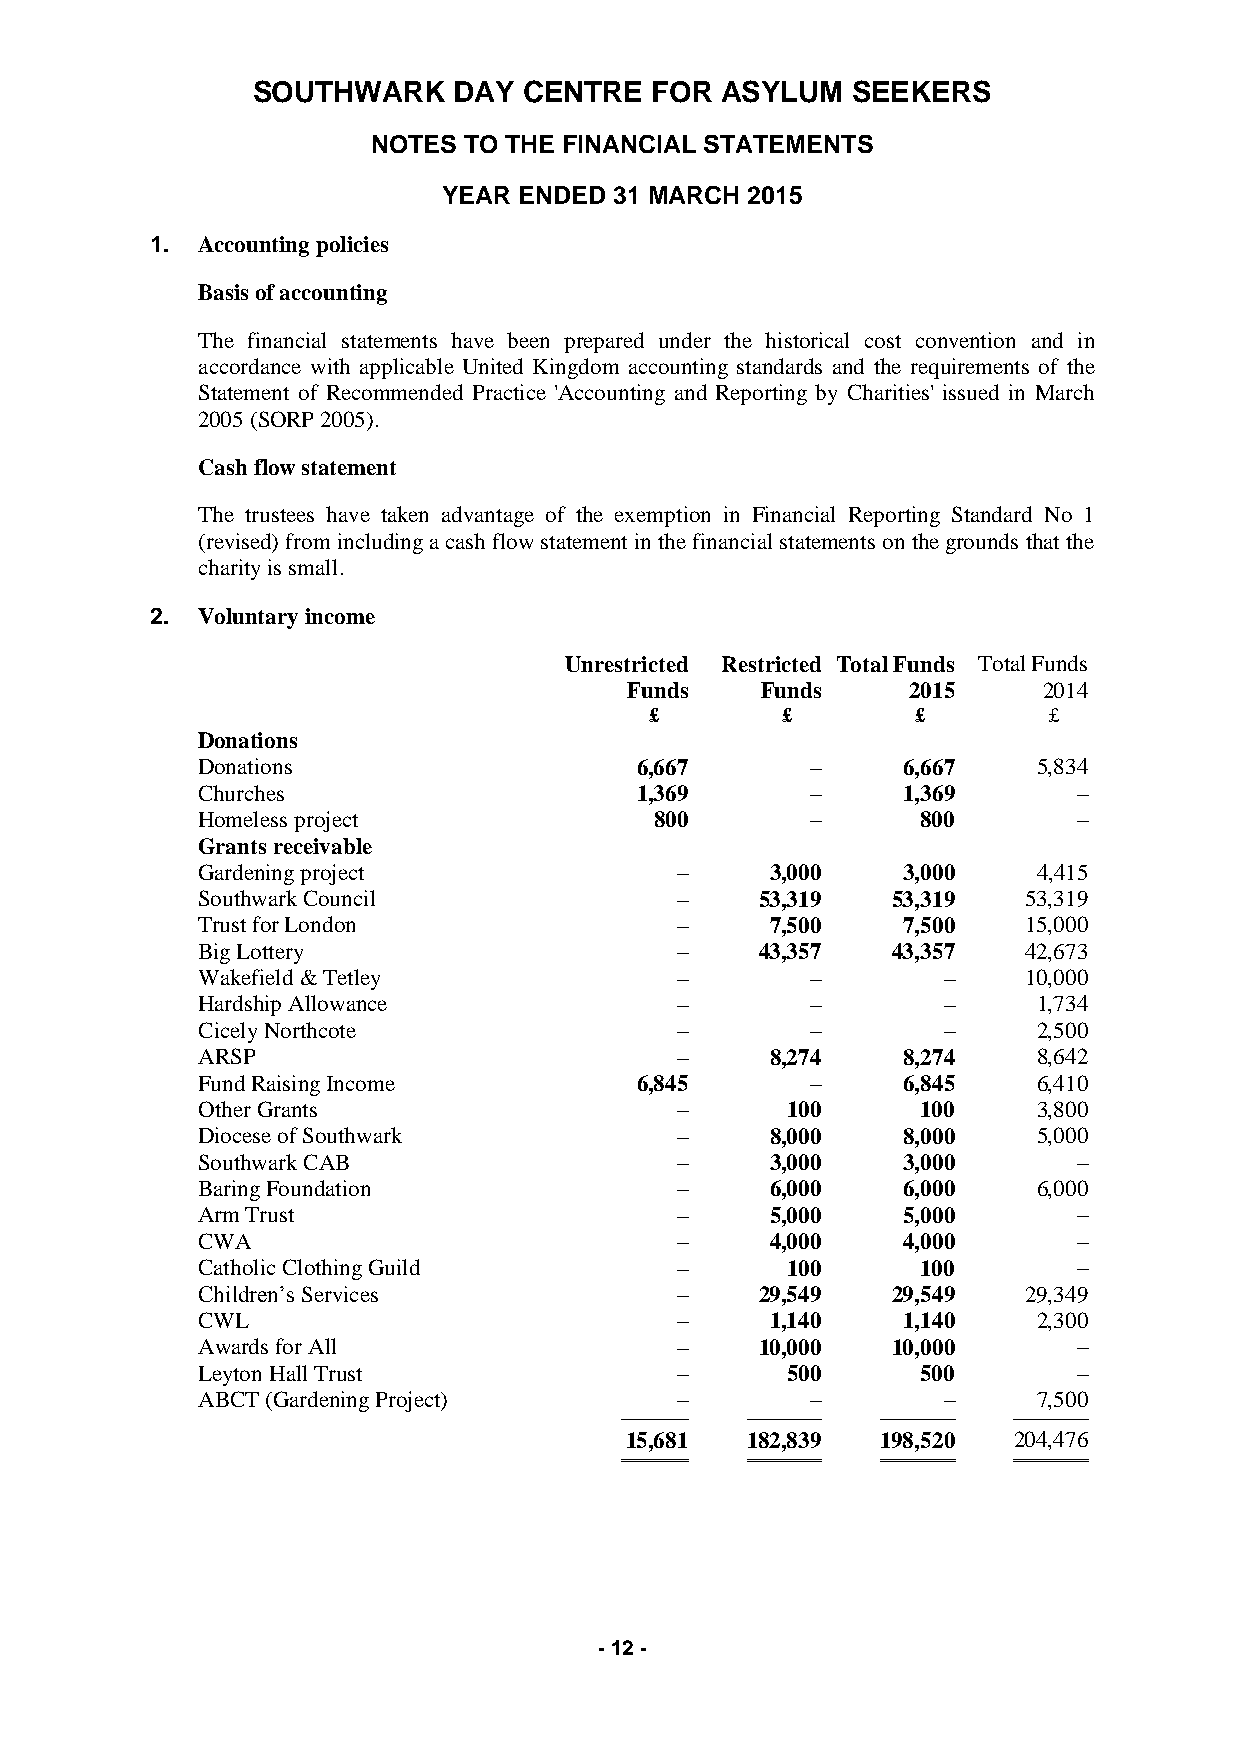
SOUTHWARK    DAY  CENTRE  FOR  ASYLUM  SEEKERS
 NOTES TO THE FINANCIAL STATEMENTS
 YEAR ENDED  31 MARCH 2015
 1. Accounting policies
 Basis of accounting
 The financial statements have been prepared under the historical cost convention and in
 accordance with applicable United Kingdom accounting standards and the requirements of the
 Statement of Recommended Practice 'Accounting and Reporting by Charities' issued in March
 2005 (SORP 2005).
 Cash flow statement
 The trustees have taken advantage of the exemption in Financial Reporting Standard No 1
 (revised) from including a cash flow statement in the financial statements on the grounds that the
 charity is small.
 2. Voluntary income
 Unrestricted Restricted Total Funds Total Funds
 Funds   Funds     2015     2014
 £        £        £       £
 Donations
 Donations                    6,667       –     6,667    5,834
 Churches                     1,369       –     1,369      –
 Homeless project              800        –      800       –
 Grants receivable
 Gardening project               –     3,000    3,000    4,415
 Southwark Council               –    53,319   53,319   53,319
 Trust for London                –     7,500    7,500   15,000
 Big Lottery                     –    43,357   43,357   42,673
 Wakefield & Tetley              –        –       –     10,000
 Hardship Allowance              –        –       –      1,734
 Cicely Northcote                –        –       –      2,500
 ARSP                            –     8,274    8,274    8,642
 Fund Raising Income          6,845       –     6,845    6,410
 Other Grants                    –      100      100     3,800
 Diocese of Southwark            –     8,000    8,000    5,000
 Southwark CAB                   –     3,000    3,000      –
 Baring Foundation               –     6,000    6,000    6,000
 Arm Trust                       –     5,000    5,000      –
 CWA                             –     4,000    4,000      –
 Catholic Clothing Guild         –      100      100       –
 Children’s Services             –    29,549   29,549   29,349
 CWL                             –     1,140    1,140    2,300
 Awards for All                  –    10,000   10,000      –
 Leyton Hall Trust               –      500      500       –
 ABCT (Gardening Project)        –        –       –      7,500
 ───────── ────────── ────────── ──────────
 15,681  182,839  198,520  204,476
 ═════════ ══════════ ══════════ ══════════
 - 12 -